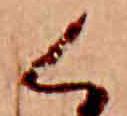
く